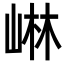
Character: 崊